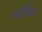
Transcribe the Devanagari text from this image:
भाविप्रा